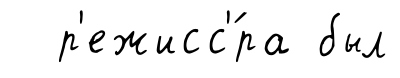
р'ежисс'́ра был